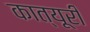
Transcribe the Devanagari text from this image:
कात्यूरी